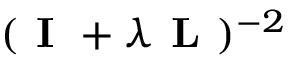
( \textbf { I } + \lambda \textbf { L } ) ^ { - 2 }